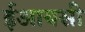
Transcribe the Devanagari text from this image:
ईआयसी